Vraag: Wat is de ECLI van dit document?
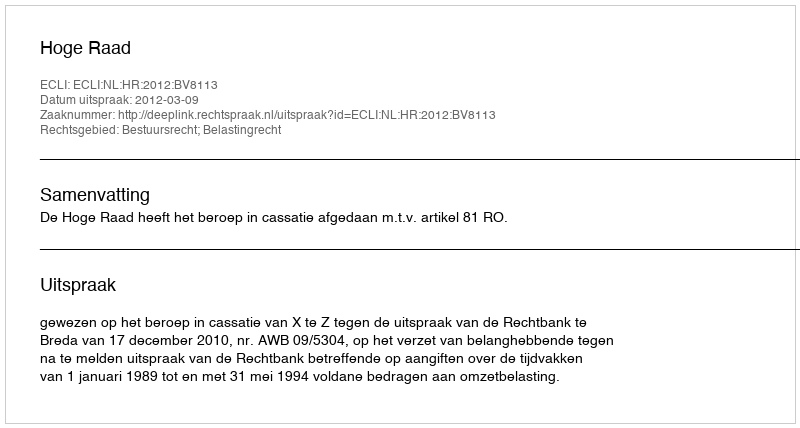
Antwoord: ECLI:NL:HR:2012:BV8113